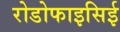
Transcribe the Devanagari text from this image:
रोडोफाइसिई